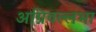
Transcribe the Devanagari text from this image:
अग्निवल्लभा